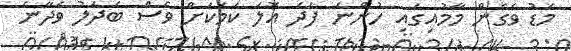
މަޑު ވެގެން މާމުއިގައި ހުންނަ ފަދަ އޮލަ ކަމަކަށް ވެސް ބަދަލު ވެދާނެ